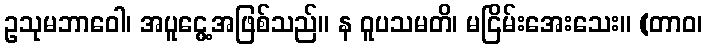
ဥသုမဘာဝေါ၊ အပူငွေ့အဖြစ်သည်။ န ဝူပသမတိ၊ မငြိမ်းအေးသေး။ (တာဝ၊